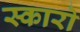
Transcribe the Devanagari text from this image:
स्कारो